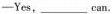
-Yes,___can.